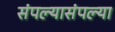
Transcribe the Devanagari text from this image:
संपल्यासंपल्या